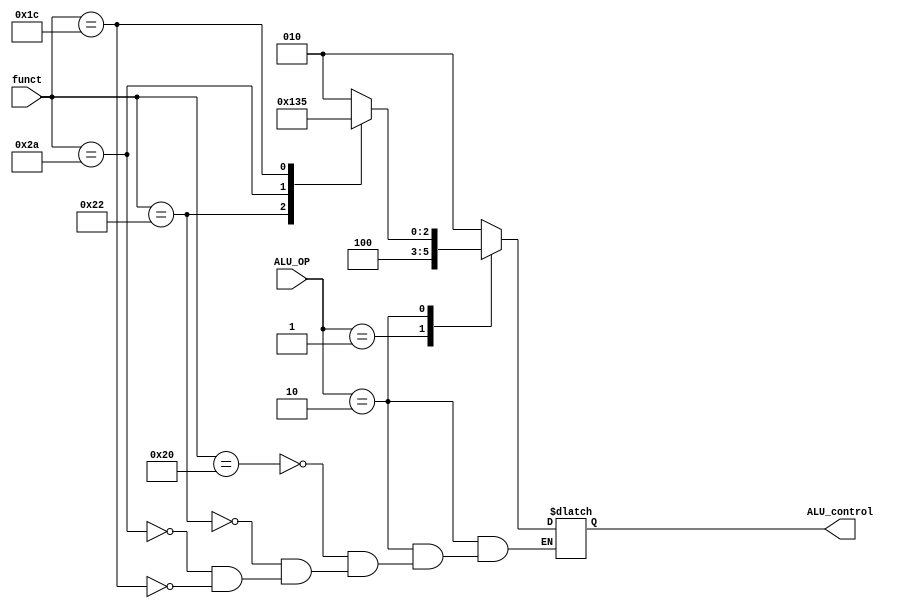
module ALU_decoder(
input [1:0] ALU_OP,
input [5:0] funct,
output reg [2:0] ALU_control);
always @(*)
begin
case(ALU_OP)
2'b00:
begin
ALU_control=3'b010;
end
2'b01:
begin
ALU_control=3'b100;
end
2'b10:
begin
 case(funct)
 6'b10_0000:
 begin
 ALU_control=3'b010;
 end
 6'b10_0010:
 begin
 ALU_control=3'b100;
 end
 6'b10_1010:
 begin
 ALU_control=3'b110;
 end
 6'b01_1100:
 begin
 ALU_control=3'b101;
 end
endcase
end
default:
begin
ALU_control=3'b010;
end
endcase
end
endmodule